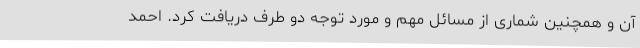
آن و همچنین شماری از مسائل مهم و مورد توجه دو طرف دریافت کرد. احمد